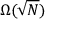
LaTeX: \Omega ( { \sqrt { N } } )